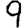
Digit: 9